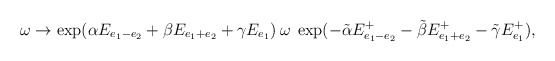
\begin{align*}\omega \to \exp( \alpha E_{e_1-e_2}+\beta E_{e_1+e_2}+\gamma E_{e_1}) \>\omega\>\exp( -\tilde \alpha E_{e_1-e_2}^+-\tilde \beta E_{e_1+e_2}^+-\tilde \gamma E_{e_1}^+),\end{align*}